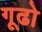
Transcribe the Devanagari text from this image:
गूढो